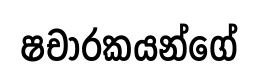
ෂචාරකයන්ගේ